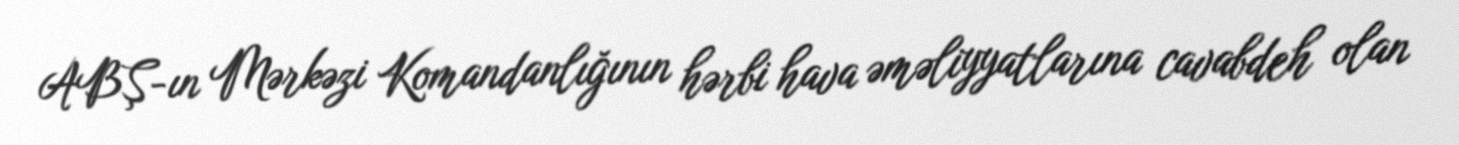
ABŞ-ın Mərkəzi Komandanlığının hərbi hava əməliyyatlarına cavabdeh olan